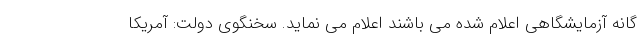
گانه آزمایشگاهی اعلام شده می باشند اعلام می نماید. سخنگوی دولت: آمریکا